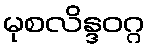
မုစလိန္ဒဝဂ္ဂ